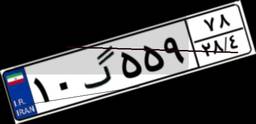
۴۰گ۳۰۸۸۰